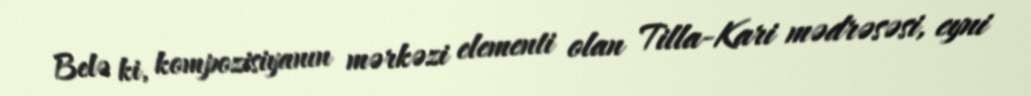
Belə ki, kompozisiyanın mərkəzi elementi olan Tilla-Kari mədrəsəsi, eyni